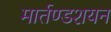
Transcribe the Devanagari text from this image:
मार्तण्डशयन